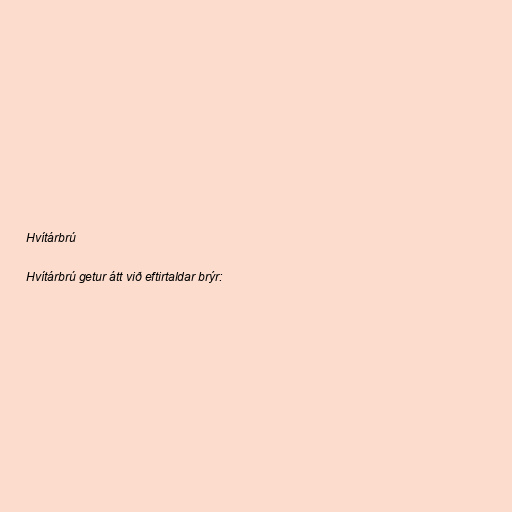
Hvítárbrú

Hvítárbrú getur átt við eftirtaldar brýr: